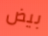
بيض